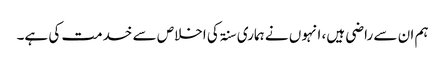
ہم ان سے راضی ہیں، انہوں نے ہماری سنۃ کی اخلاص سے خدمت کی ہے۔